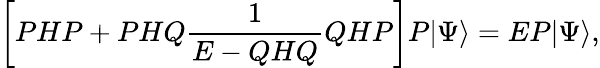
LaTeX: \left[PHP+PHQ\frac{1}{E-QHQ}QHP\right]P|\Psi\rangle=EP|\Psi\rangle,